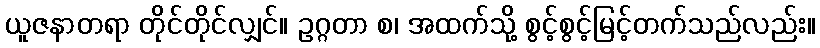
ယူဇနာတရာ တိုင်တိုင်လျှင်။ ဥဂ္ဂတာ စ၊ အထက်သို့ စွင့်စွင့်မြင့်တက်သည်လည်း။